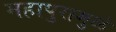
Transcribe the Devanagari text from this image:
महापुरामुळे